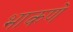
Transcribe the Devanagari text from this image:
भाकणे